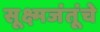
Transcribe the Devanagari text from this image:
सूक्ष्मजंतूंचे